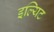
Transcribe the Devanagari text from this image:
इल्यिट